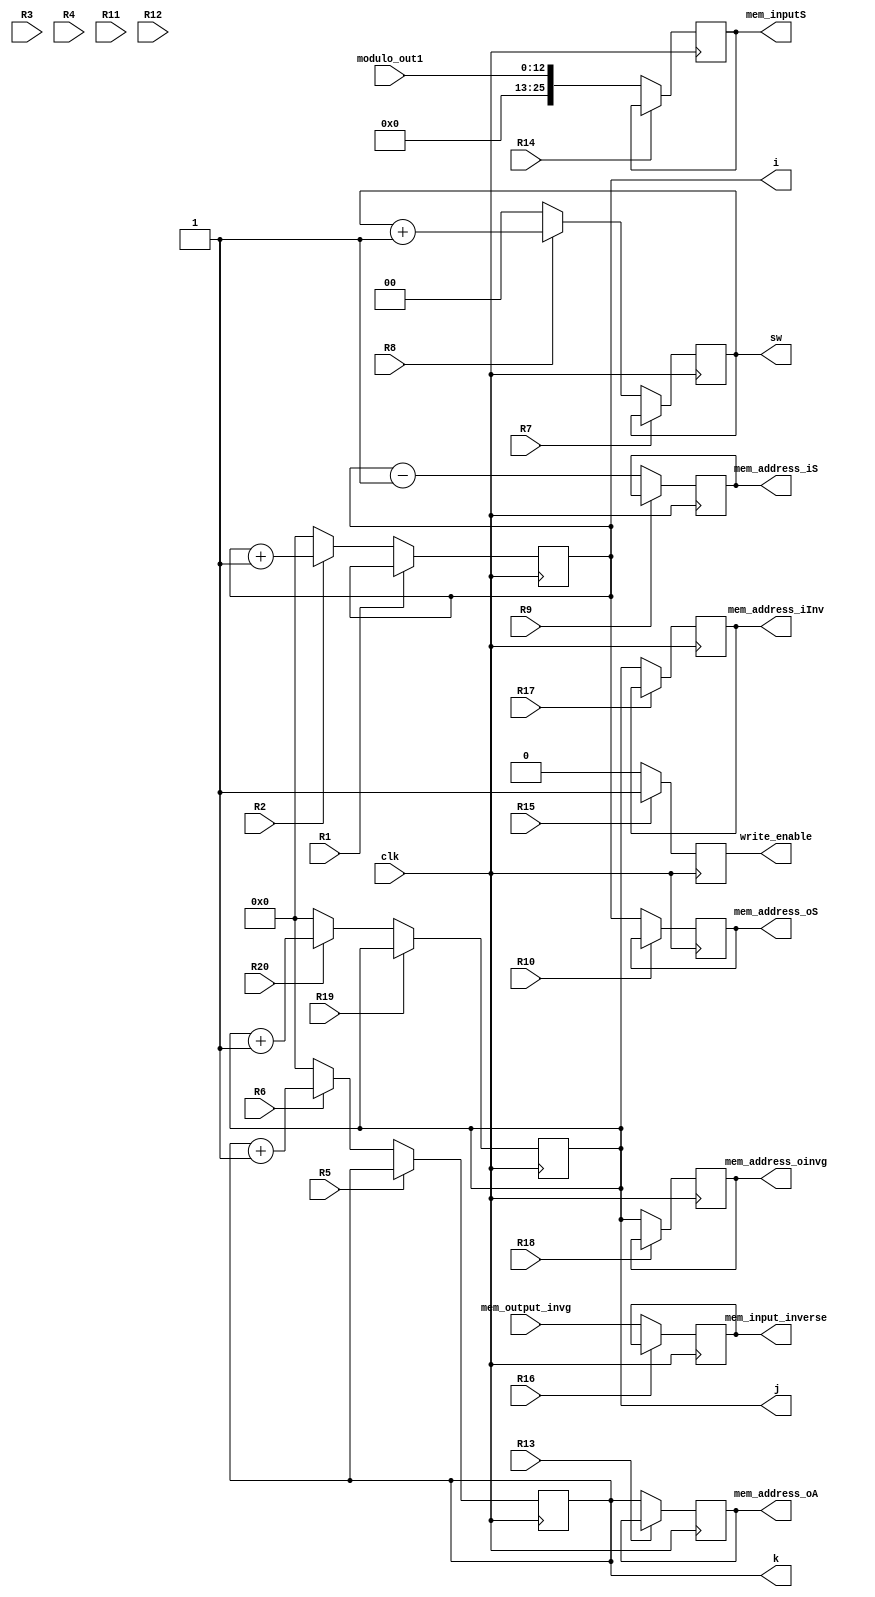
`timescale 1ns / 1ps
//////////////////////////////////////////////////////////////////////////////////
// Company: 
// Engineer: 
// 
// Design Name: 
// Module Name: EGCD_DP
// Project Name: 
// Target Devices: 
// Tool Versions: 
// Description: 
// 
// Dependencies: 
// 
// Revision:
// Revision 0.01 - File Created
// Additional Comments:
// 
//////////////////////////////////////////////////////////////////////////////////


module EGCD_DP(
    input clk,
    input [12:0] modulo_out1, mem_output_invg,
    input R1, R2,R3, R4, R5,R6,R7, R8, R9, R10, R11, R12, R13,R14, R15, R16, R17,R18, R19,R20,
    output reg [10:0]mem_address_iInv,
    output reg [12:0]mem_input_inverse,
    output reg [10:0]mem_address_oinvg,
    output reg [10:0]mem_address_iS,
    output reg [25:0]mem_inputS,
    output reg [10:0]mem_address_oS,
    output reg [10:0]mem_address_oA,
    output reg[10:0]k,i,j,
    output reg [0:1]sw,
    output reg write_enable
    );
    
    wire [12:0] nextmem_input_inverse;
    wire [10:0] nextmem_addres_iInv;
    wire [10:0] nextmem_addres_oinvg; 
    wire [25:0] nextmem_inputS;
    wire [10:0] nextmem_addres_iS;
    wire [10:0] nextmem_addres_oS;
    wire [10:0] nextmem_addres_oA;
    wire [10:0] nexti, nextk, nextj;
    wire [0:1] nextsw; 
    wire nextwrite_enable;
    
    always @(posedge clk)
        mem_input_inverse <= nextmem_input_inverse;
    // Parte combinacional de M
    assign nextmem_input_inverse =  R16 ? mem_input_inverse:mem_output_invg ;
    
    always @(posedge clk)
        mem_address_iInv <= nextmem_addres_iInv;
    // Parte combinacional de RP
    assign nextmem_addres_iInv =  R17 ? mem_address_iInv:j ;
    
    always @(posedge clk)
        mem_address_oinvg <= nextmem_addres_oinvg;
    // Parte combinacional de RP
    assign nextmem_addres_oinvg = R18 ?  mem_address_oinvg:j ;
    
    always @(posedge clk)
        j <= nextj;
    assign nextj = R19 ? R20 ? (j): (j) : R20 ? (j+1): (0);
    
    // Registro M
    always @(posedge clk)
        mem_inputS <= nextmem_inputS;
    // Parte combinacional de M
    assign nextmem_inputS = R14 ? mem_inputS : {13'd0,modulo_out1};
    
    // Registro A
    always @(posedge clk)
        i <= nexti;
    assign nexti = R1 ? R2 ? (i): (i) : R2 ? (i+1): (0);
    
    always @(posedge clk)
        mem_address_oS <= nextmem_addres_oS;
    // Parte combinacional de RP
    assign nextmem_addres_oS = R10 ? mem_address_oS: (i);
    
    always @(posedge clk)
        mem_address_oA <= nextmem_addres_oA;
    // Parte combinacional de RP
    assign nextmem_addres_oA = R13 ? mem_address_oA: (k);
    
    always @(posedge clk)
        mem_address_iS <= nextmem_addres_iS;
    // Parte combinacional de RP
    assign nextmem_addres_iS =R9 ? (mem_address_iS): (i-1);
    
    always @(posedge clk)
        write_enable <= nextwrite_enable;
    // Parte combinacional de RP
    assign nextwrite_enable = R15 ? (1'b1):(1'b0);
    
    // Registro M
    always @(posedge clk)
        k <= nextk;
    // Parte combinacional de M
    assign nextk =R5 ? R6 ? (k): (k) : R6 ? (k+1): 0;
    
    always @(posedge clk)
        sw <= nextsw;
    // Parte combinacional de M
    assign nextsw =R7 ? R8 ? (sw): (sw) : R8 ? (sw+1): 0;


endmodule